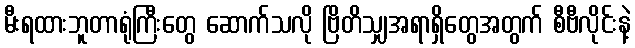
မီးရထားဘူတာရုံကြီးတွေ ဆောက်သလို ဗြိတိသျှအရာရှိတွေအတွက် စီဗီလိုင်းနဲ့